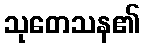
သုတေသန၏